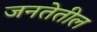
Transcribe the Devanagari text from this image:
जनतेतील